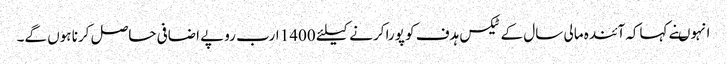
انہوںنے کہاکہ آئندہ مالی سال کے ٹیکس ہدف کو پورا کرنے کیلئے 1400 ارب روپے اضافی حاصل کرنا ہوں گے۔